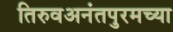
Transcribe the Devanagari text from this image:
तिरुवअनंतपुरमच्या